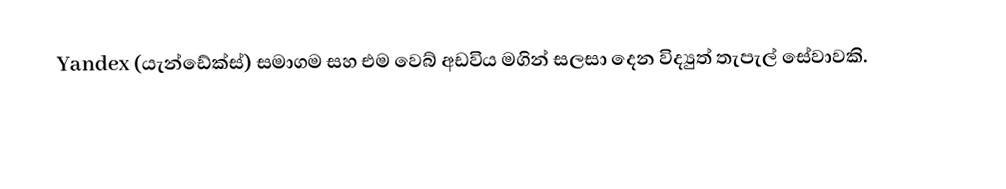
Yandex (යැන්ඩේක්ස්) සමාගම සහ එම වෙබ් අඩවිය මගින් සලසා දෙන විද්‍යුත් තැපැල් සේවාවකි.